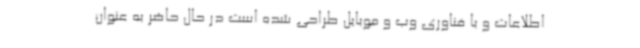
اطلاعات و با فناوری وب و موبایل طراحی شده است در حال حاضر به‌ عنوان